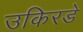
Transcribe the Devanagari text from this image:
उकिरडे